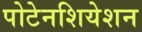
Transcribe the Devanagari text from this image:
पोटेनशियेशन